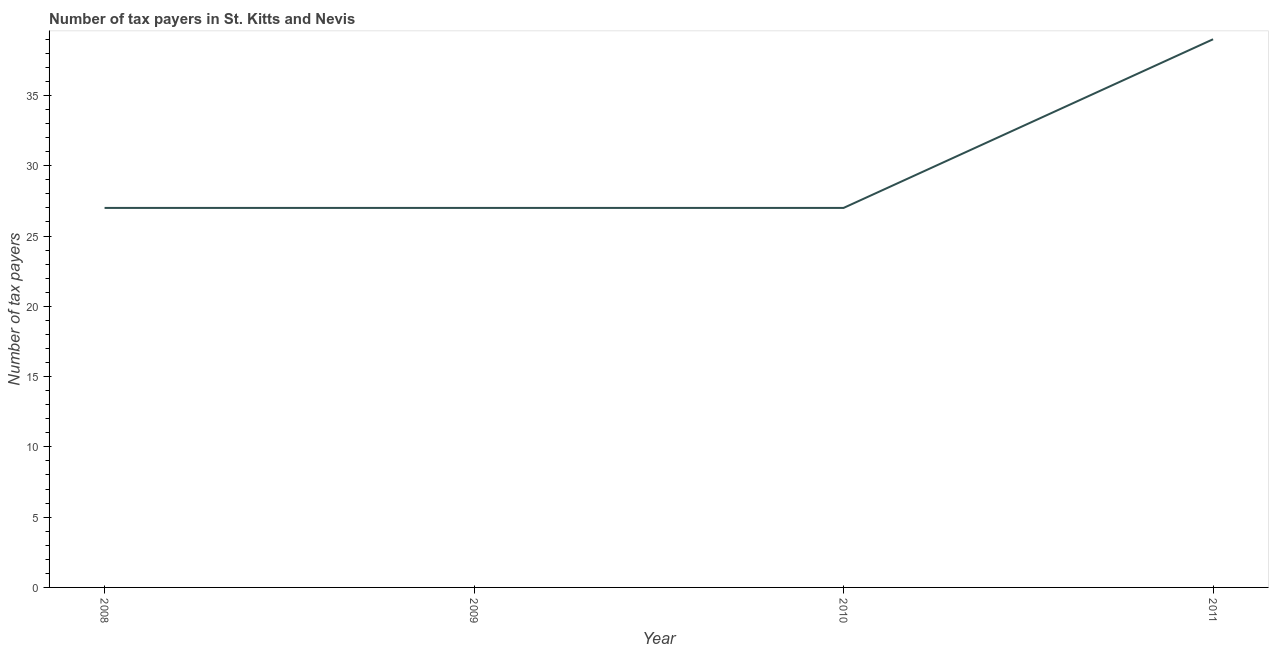
| Year | Tax payments |
 | --- | --- |
 | 2008 | 27 |
 | 2009 | 27 |
 | 2010 | 27 |
 | 2011 | 39 |